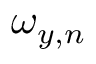
\omega _ { y , n }